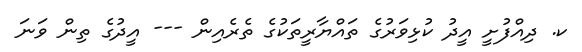
ކ. ދިއްފުށީ އީދު ކުޅިވަރުގެ ތައްޔާރީތަކުގެ ތެރެއިން --- އީދުގެ ތިން ވަނަ